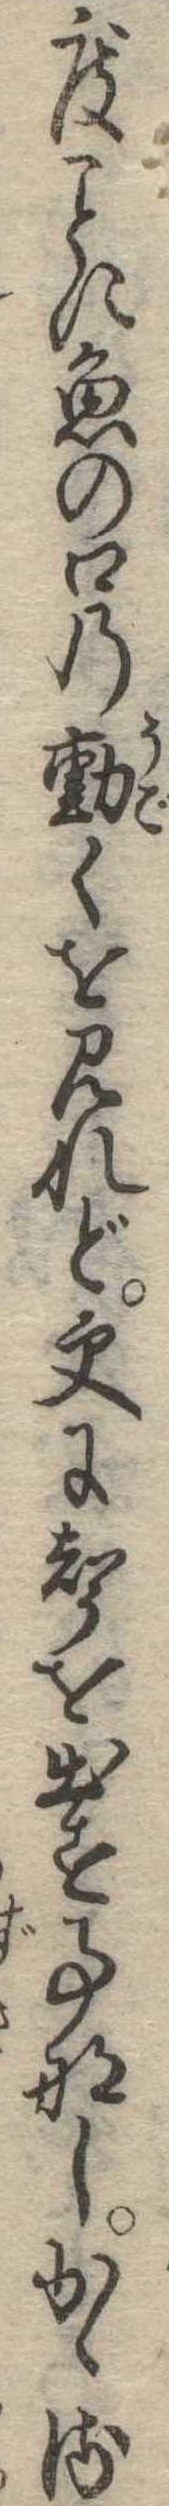
度に魚の口の動くを見れど更に声を出す事なしかゝる